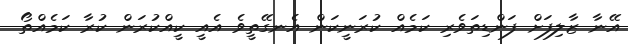
އޭނާ ޒާލިފަށް ފަންޑިތަވެރި ކަމެއް ކުރަނީކަން އެނގޭތީވެ އެއީ ކީއްކުރަން ކުރާ ކަމެއްތޯ